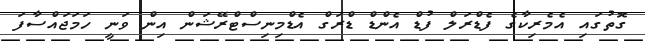
ގޮތުގައި އެމެރިކާގެ ފެޑްރަލް ފުޑް އެންޑް ޑްރަގް އެޑްމިނިސްޓްރޭޝަން އިން ވަނީ ހަމަޖައްސާފަ